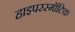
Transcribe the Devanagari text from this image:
हाइपरस्मॉटिक